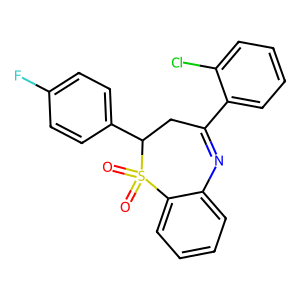
SMILES: O=S1(=O)c2ccccc2N=C(c2ccccc2Cl)CC1c1ccc(F)cc1
Inhibits HIV replication: No